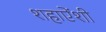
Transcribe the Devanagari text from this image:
शहाऐंशी